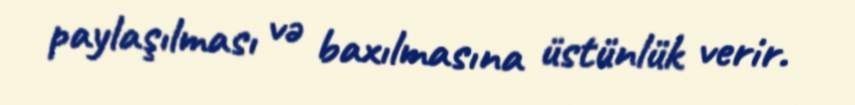
paylaşılması və baxılmasına üstünlük verir.